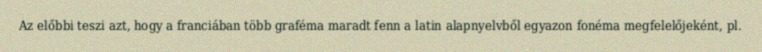
Az előbbi teszi azt, hogy a franciában több graféma maradt fenn a latin alapnyelvből egyazon fonéma megfelelőjeként, pl.